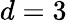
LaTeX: d=3